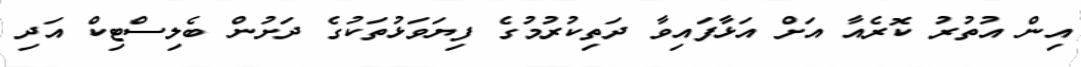
އިން އުތުރު ކޮރެއާ އަށް އަޅާފައިވާ ދަތިކުރުމުގެ ފިޔަވަޅުތަކުގެ ދަށުން ބެލިސްޓިކް އަދި